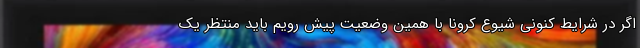
اگر در شرایط کنونی شیوع کرونا با همین وضعیت پیش رویم باید منتظر یک